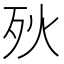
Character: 𣧛